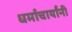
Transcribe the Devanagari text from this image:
धर्माचार्यांनी